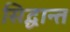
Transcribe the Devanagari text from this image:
सिद्घान्त